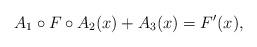
LaTeX: \begin{align*}A_1 \circ F \circ A_2(x) + A_3(x) = F'(x),\end{align*}